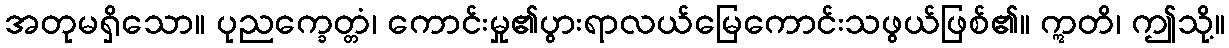
အတုမရှိသော။ ပုညက္ခေတ္တံ၊ ကောင်းမှု၏ပွားရာလယ်မြေကောင်းသဖွယ်ဖြစ်၏။ ဣတိ၊ ဤသို့။